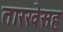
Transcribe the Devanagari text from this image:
तारखेसह